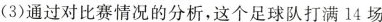
(3)通过对比赛情况的分析，这个足球队打满14场